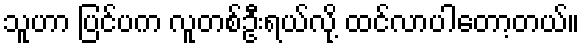
သူဟာ ပြင်ပက လူတစ်ဦးရယ်လို့ ထင်လာပါတော့တယ်။